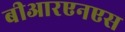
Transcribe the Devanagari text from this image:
बीआरएनएस